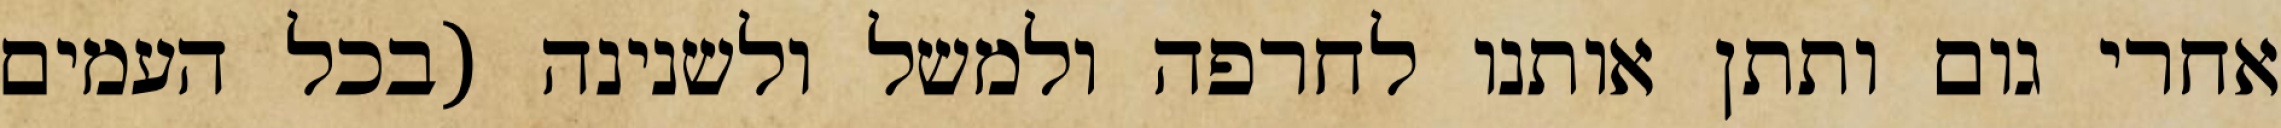
אחרי גום ותתן אותנו לחרפה ולמשל ולשנינה (בכל העמים